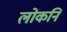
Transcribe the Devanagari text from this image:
लोकनि